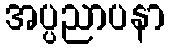
အပ္ပညာပနာ